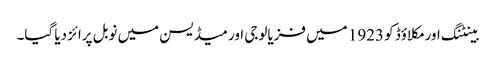
بینٹنگ اور مکلاؤڈ کو 1923 میں‌ فزیالوجی اور میڈیسن میں‌ نوبل پرائز دیا گیا۔